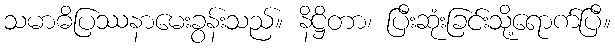
သမာဓိပြဿနာမေးခွန်းသည်။ နိဋ္ဌိတာ၊ ပြီးဆုံးခြင်းသို့ရောက်ပြီ။